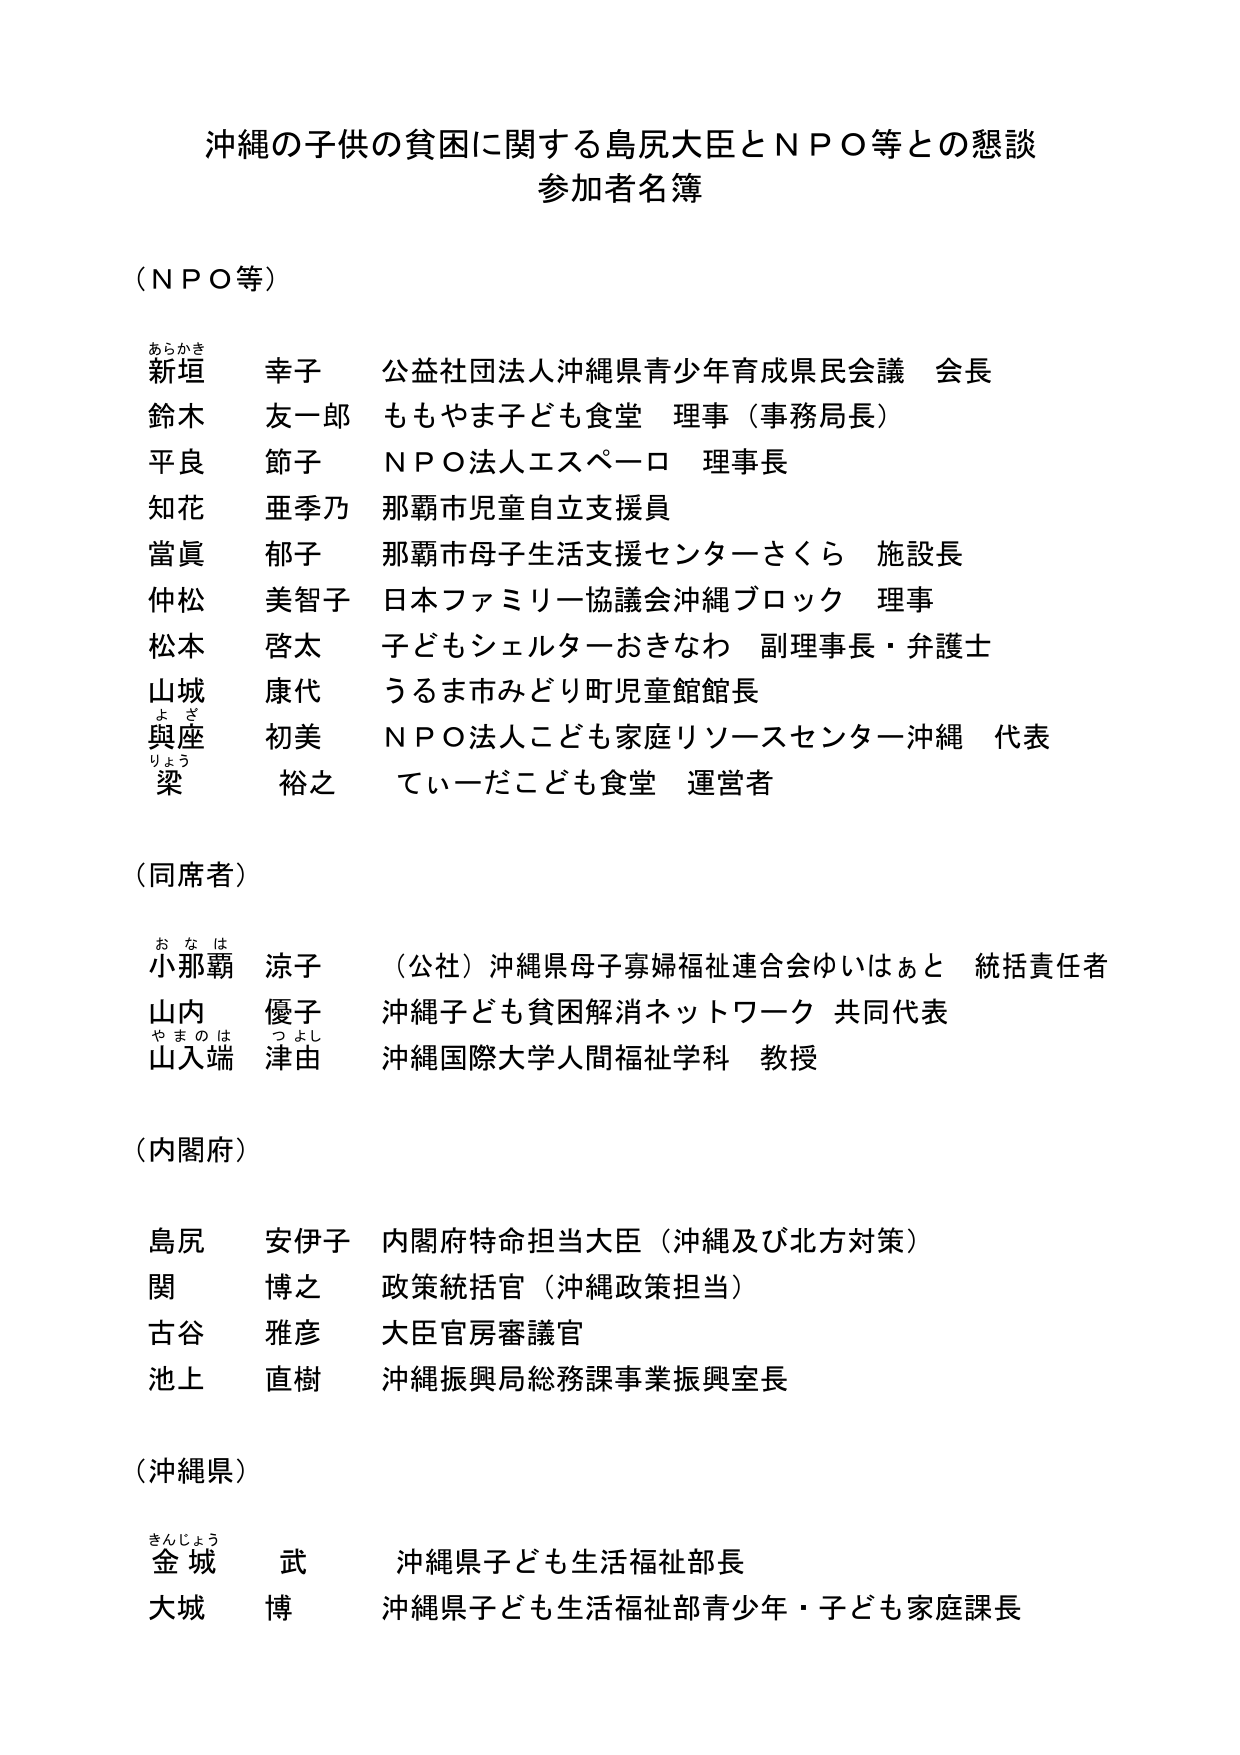
沖縄の子供の貧困に関する島尻大臣とＮＰＯ等との懇談
参加者名簿

（ＮＰＯ等）
あらかき
新垣 幸子 公益社団法人沖縄県青少年育成県民会議 会長
鈴木 友一郎 ももやま子ども食堂 理事（事務局長）
平良 節子 ＮＰＯ法人エスペーロ 理事長
知花 亜季乃 那覇市児童自立支援員
當眞 郁子 那覇市母子生活支援センターさくら 施設長
仲松 美智子 日本ファミリー協議会沖縄ブロック 理事
松本 啓太 子どもシェルターおきなわ 副理事長・弁護士
山城 康代 うるま市みどり町児童館館長
よざ
與座 初美 ＮＰＯ法人こども家庭リソースセンター沖縄 代表
りょう
梁 裕之 ていーだこども食堂 運営者

（同席者）
おなは
小那覇 涼子 （公社）沖縄県母子寡婦福祉連合会ゆいはぁと 統括責任者
山内 優子 沖縄子ども貧困解消ネットワーク 共同代表
やまのは つよし
山入端 津由 沖縄国際大学人間福祉学科 教授

（内閣府）
島尻 安伊子 内閣府特命担当大臣（沖縄及び北方対策）
関 博之 政策統括官（沖縄政策担当）
古谷 雅彦 大臣官房審議官
池上 直樹 沖縄振興局総務課事業振興室長

（沖縄県）
きんじょう
金城 武 沖縄県子ども生活福祉部長
大城 博 沖縄県子ども生活福祉部青少年・子ども家庭課長